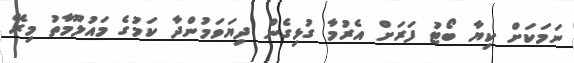
ނަމަކަށް ކިޔާ ބޯޓު ފަރަށް އެރުމާ ގުޅިގެން ދިޔަވަމުންދާ ކަމުގެ މައުލޫމާތު މިރޭ